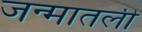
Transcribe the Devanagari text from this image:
जन्मातली